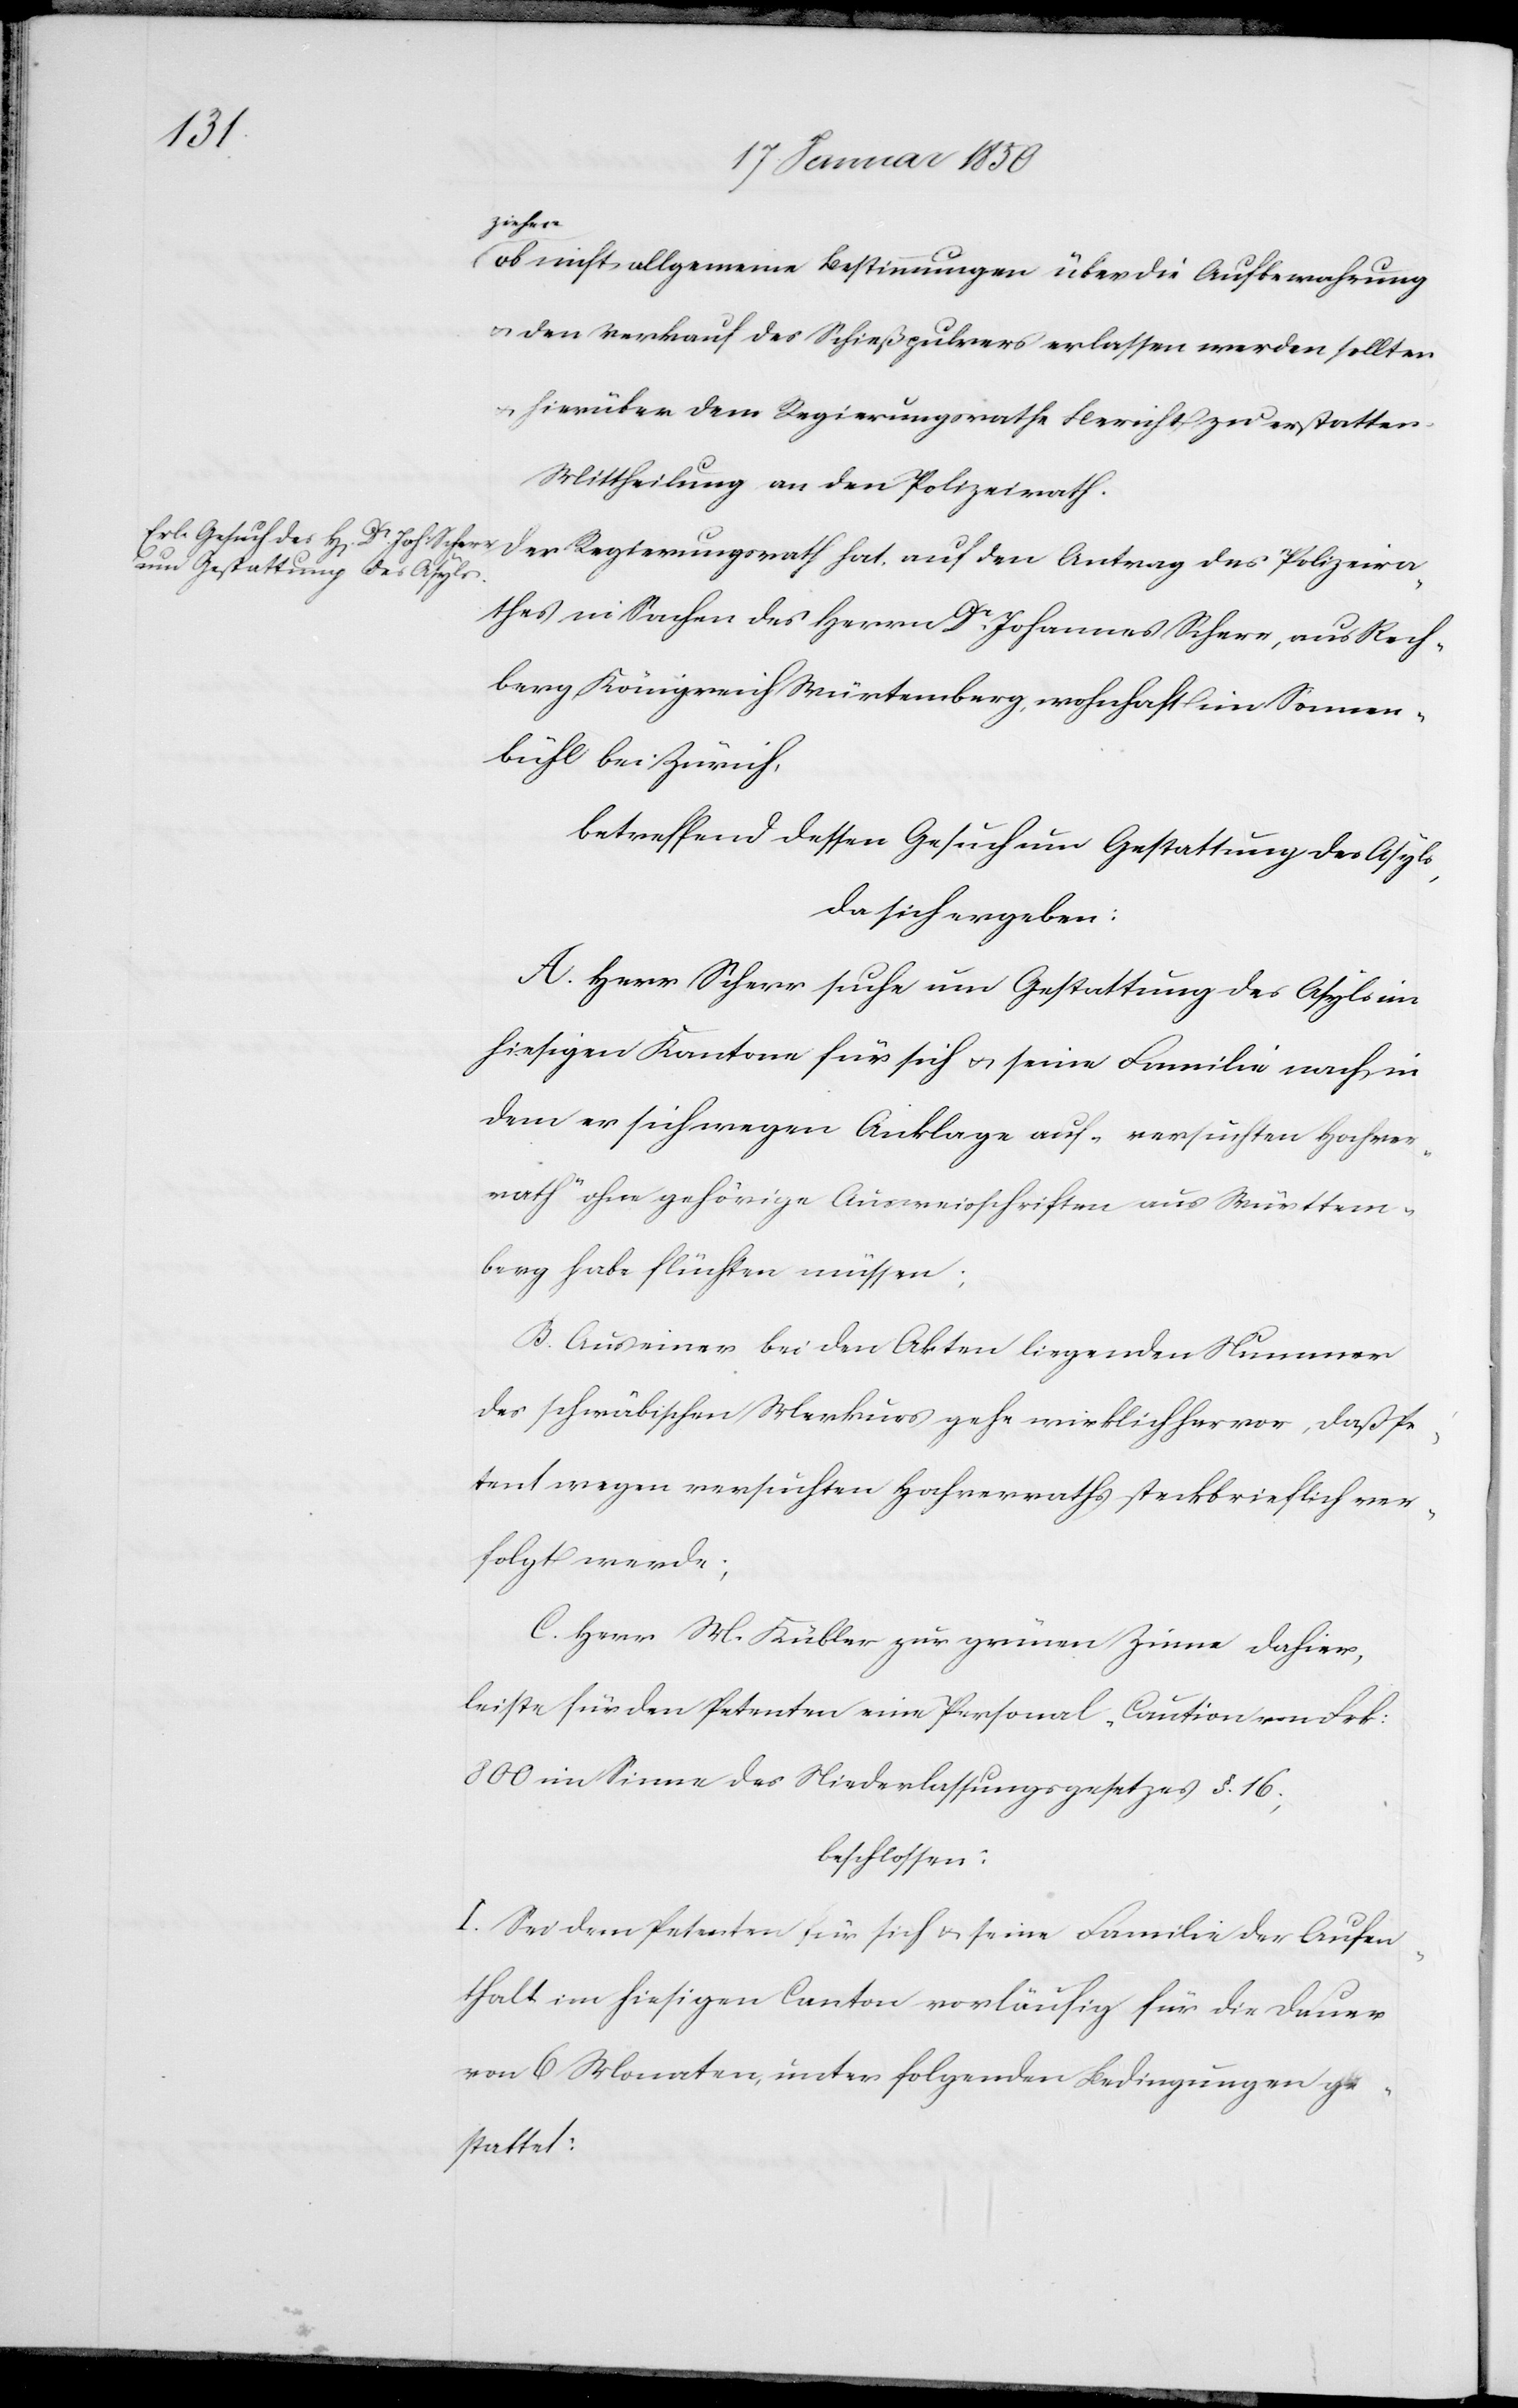
ziehen
ob nicht allgemeine Bestimmungen über die Aufbewahrung
u. den Verkauf des Schießpulvers erlassen werden sollten
u. hierüber dem Regierungsrathe Bericht zu erstatten.
Mittheilung an den Polizeirath.
Der Regierungsrath hat, auf den Antrag des Polizeira¬
thes in Sachen des Herrn Dr Johannes Scherr, aus Rech¬
berg Königreich Würtemberg, wohnhaft im Sonnen¬
bühl bei Zürich,
betreffend dessen Gesuch um Gestattung des Asyls,
da sich ergeben:
A. Herr Scherr suche um Gestattung des Asyls im
hiesigen Kantone für sich u. seine Familie nach in¬
dem er sich wegen Anklage auf „versuchten Hochver¬
rath“ ohne gehörige Ausweisschriften aus Württem¬
berg habe flüchten müssen;
B. Aus einer bei den Akten liegenden Nummer
des schwäbischen Merkurs gehe wirklich hervor, daß Pe¬
tent wegen versuchten Hochverraths steckbrieflich ver¬
folgt werde;
C. Herr M. Kübler zur grünen Zinne dahier,
leiste für den Petenten eine Personal-Caution von Frk:
800 im Sinne des Niederlassungsgesetzes §. 16;
beschlossen:
I. Sei dem Petenten für sich u. seine Familie der Aufen¬
thalt im hiesigen Canton vorläufig für die Dauer
von 6 Monaten, unter folgenden Bedingungen ge¬
stattet: